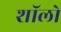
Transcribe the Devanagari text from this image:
शॉलो